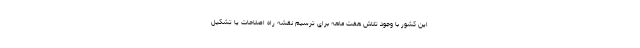
این کشور با وجود تلاش هفت ماهه برای ترسیم نقشه راه اصلاحات یا تشکیل